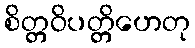
စိတ္တဝိပတ္တိဟေတု